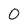
Character: 0